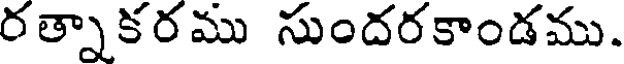
రత్నాకరము సుందరకాండము.